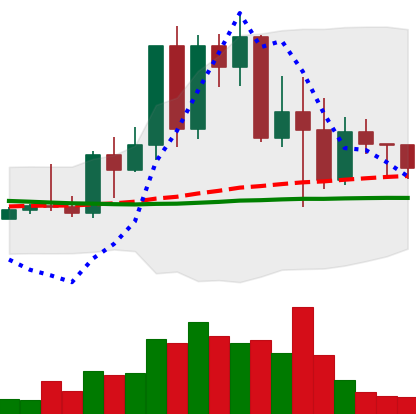
Ticker: TRX-USD
Chart end date: 2022-05-16
Forward return: 7.211%
Label: up_7plus